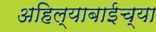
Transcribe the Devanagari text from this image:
अहिल्याबाईच्या